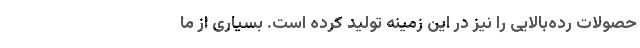
حصولات رده‌بالایی را نیز در این زمینه تولید کرده است. بسیاری از ما